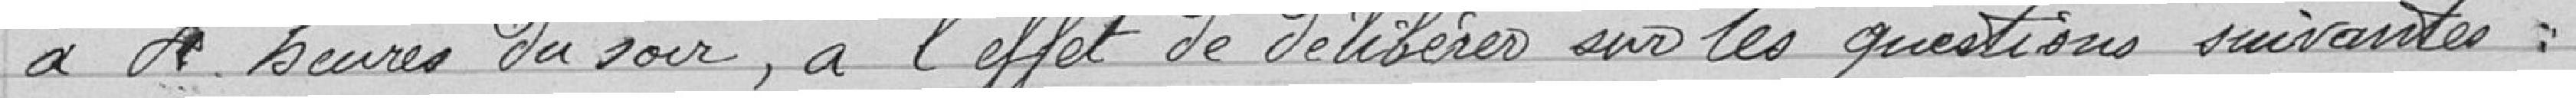
à 4 heures du soir, à l'effet de délibérer sur les questions suivantes :